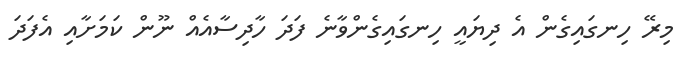
މިރޭ ހިނގައިގެން އެ ދިޔައީ ހިނގައިގެންވާނެ ފަދަ ހާދިސާއެއް ނޫން ކަމަށާއި އެފަދަ